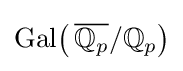
{\operatorname {Gal} }{\bigl (}\,{\overline {\mathbb {Q} _{p}}}/\mathbb {Q} _{p}{\bigr )}